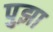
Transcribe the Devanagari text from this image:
पुझा